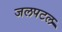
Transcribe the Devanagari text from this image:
जलपटल